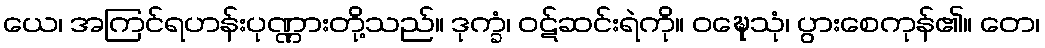
ယေ၊ အကြင်ရဟန်းပုဏ္ဏားတို့သည်။ ဒုက္ခံ၊ ဝဋ်ဆင်းရဲကို။ ဝဍ္ဎေသုံ၊ ပွားစေကုန်၏။ တေ၊